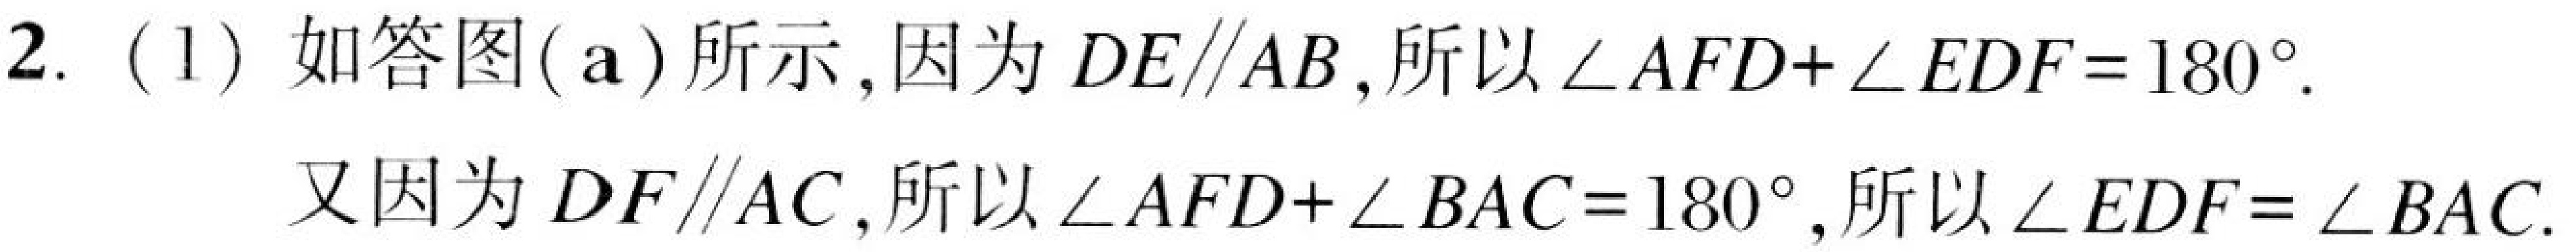
2. (1) 如答图(a)所示,因为 \(DE\parallel AB\),所以 \(\angle AFD+\angle EDF = 180^{\circ}\).

又因为 \(DF\parallel AC\),所以 \(\angle AFD+\angle BAC = 180^{\circ}\),所以 \(\angle EDF=\angle BAC\).